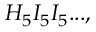
H _ { 5 } I _ { 5 } I _ { 5 } . . . ,